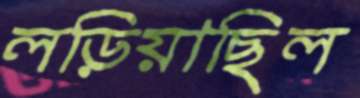
লড়িয়াছিল